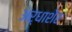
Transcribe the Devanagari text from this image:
अर्धाशेर